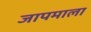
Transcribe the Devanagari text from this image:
जापमाला